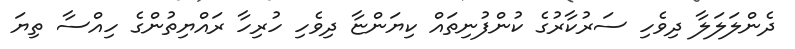
ދެންލަލަލާ ދިވެހި ސަރުކާރުގެ ކުންފުނިތައް ކިޔަންޏާ ދިވެހި ހުރިހާ ރައްޔިތުންގެ ހިއްސާ ތިޔަ